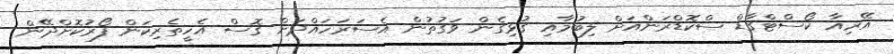
އޭރިއާ ކޯސްޓްގާޑް ސްކޮޑްރަންއަށް ލިބުމާއި ގުޅިގެން ވަގުތުން އެސަރަހައްދަށް ގޮސް އެހީތެރިކަން ފޯރުކޮށްދޭން